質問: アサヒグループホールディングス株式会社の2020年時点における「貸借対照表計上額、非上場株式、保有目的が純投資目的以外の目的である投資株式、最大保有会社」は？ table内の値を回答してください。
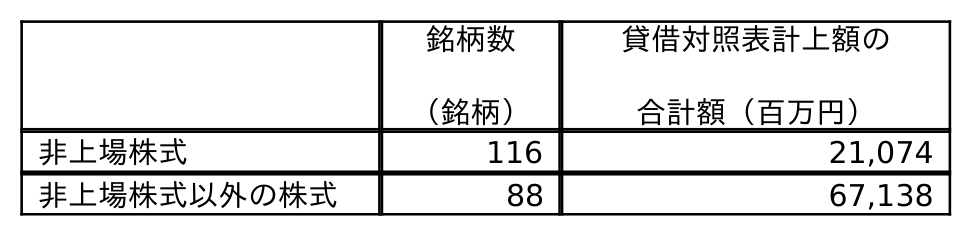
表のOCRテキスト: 銘柄数 （銘柄） 貸借対照表計上額の 合計額（百万円） 非上場株式 116 21,074 非上場株式以外の株式 88 67,138
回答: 21,074